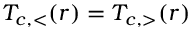
T _ { c , < } ( r ) = T _ { c , > } ( r )